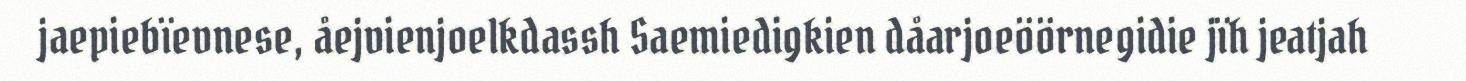
jaepiebïevnese, åejvienjoelkdassh Saemiedigkien dåarjoeöörnegidie jïh jeatjah